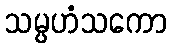
သမ္ပဟံသကော